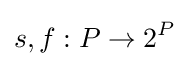
s,f:P\rightarrow 2^{P}